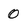
Character: 0